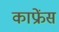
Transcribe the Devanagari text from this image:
काफ्रेंस